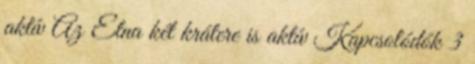
aktív Az Etna két krátere is aktív Kapcsolódók 3